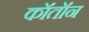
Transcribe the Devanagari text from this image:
कॉतॉन